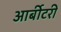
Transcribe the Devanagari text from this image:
आर्बीटरी